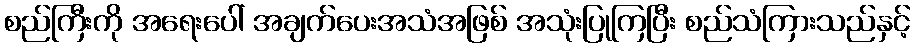
စည်ကြီးကို အရေးပေါ် အချက်ပေးအသံအဖြစ် အသုံးပြုကြပြီး စည်သံကြားသည်နှင့်